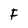
Character: F